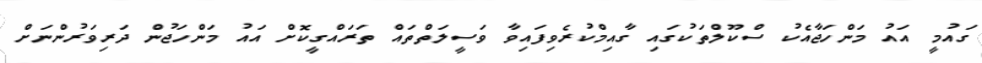
ގައުމީ އައު މަންހަޖާއެކު ސްކޫލްތަކުގައި ގާއިމްކުރެވިފައިވާ ވަސީލަތްތައް ތަރައްގީކޮށް އައު މަންހަޖުން ދަރިވަރުންނަށް